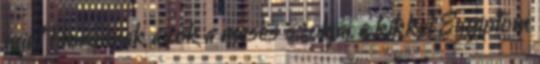
mint Horusnak azok a mesés szolgái, a kikkel Egyiptom